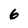
Character: 6